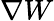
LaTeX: \nabla W